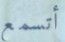
أتسمع